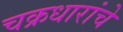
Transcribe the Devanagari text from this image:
चक्रधारांचे